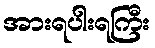
အားရပါးရကြီး